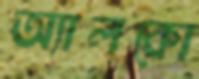
অ্যালকো